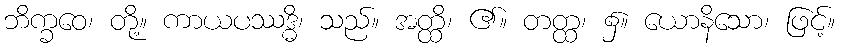
ဘိက္ခဝေ၊ တို့။ ကာယပဿဒ္ဓိ၊ သည်။ အတ္ထိ၊ ၏။ တတ္ထ၊ ၌။ ယောနိသော၊ ဖြင့်။